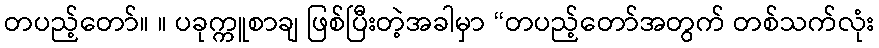
တပည့်တော်။ ။ ပခုက္ကူစာချ ဖြစ်ပြီးတဲ့အခါမှာ “တပည့်တော်အတွက် တစ်သက်လုံး